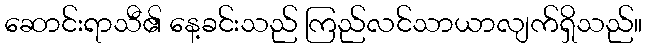
ဆောင်းရာသီ၏ နေ့ခင်းသည် ကြည်လင်သာယာလျက်ရှိသည်။